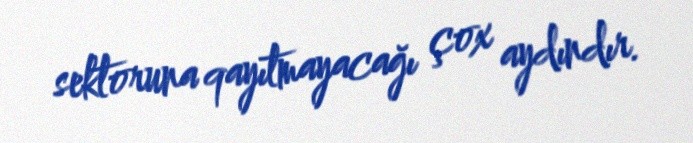
sektoruna qayıtmayacağı çox aydındır.